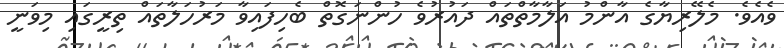
ވެއެވެ. މެލޭރިޔާގެ އާންމު އަލާމާތްތައް ދައުރުވެ ހުންނަގޮތް ބެހިފައިވާ މަރުހަލާތައް ތިރީގައި މިވަނީ